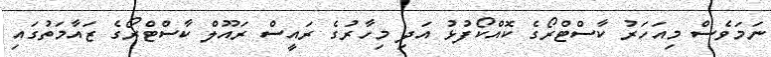
ނަމަވެސް މިއަހަރު ކާސްޓްރޯގެ ކޮއްކޯފުޅު އަދި މިހާރުގެ ރައީސް ރައޫލް ކާސްޓްރޯގެ ޒައާމަތުގައި